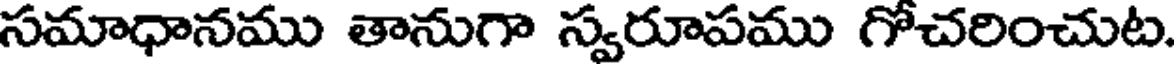
సమాధానము తానుగా స్వరూపము గోచరించుట.